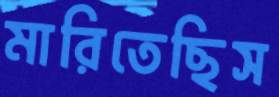
মারিতেছিস